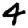
Digit: 4